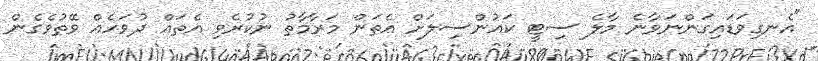
"އެނގިވަޑައިގަންނަވާނެ މާލެ ސިޓީ ކައުންސިލަށް އެތަން މަރާމާތު ނުކުރެވި އެތައް ދުވަހެއް ވޭތުވެގެން